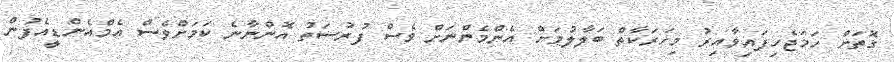
ގޮތަށް ހަމަޖެހިފައިވާއިރު މިހަރަކާތް ބަލާލުމަށް އެންމެންނަށް ވެސް ފުރުސަތު އޮންނާނެ ކަމަށްވެސް އެމްއެންޑީއެފުން